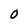
Character: 0